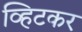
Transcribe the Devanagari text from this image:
व्हिटकर